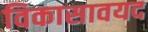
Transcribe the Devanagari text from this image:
विकासावयद